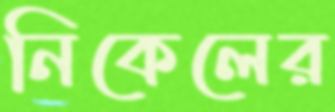
নিকেলের